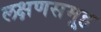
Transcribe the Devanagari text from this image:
लक्षणसमूह